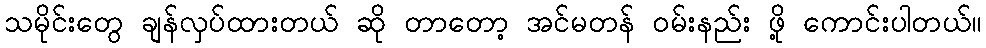
သမိုင်းတွေ ချန်လှပ်ထားတယ် ဆို တာတော့ အင်မတန် ဝမ်းနည်း ဖို့ ကောင်းပါတယ်။